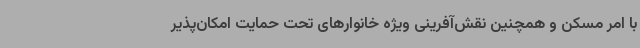
با امر مسکن و همچنین نقش‌آفرینی ویژه خانوارهای تحت حمایت امکان‌پذیر